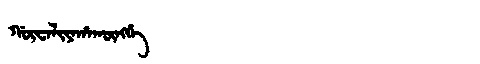
Manchu: ᡤᡡᠸᠠᠯᡳᠶᠠᡥᠠᡴᡡᠩᡤᡝ
Romanization: GŪWALIYAHAKŪNGGE